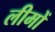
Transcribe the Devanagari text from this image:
लीमों